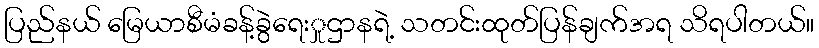
ပြည်နယ် မြေယာစီမံခန့်ခွဲရေးှုဌာနရဲ့ သတင်းထုတ်ပြန်ချက်အရ သိရပါတယ်။